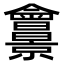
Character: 𠑱